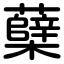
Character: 蘖